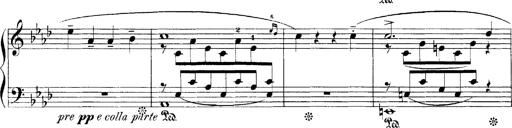
Title: LiebestrÃ¤ume
Composer: Franz Behr
Key: E-flat major